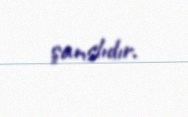
şanslıdır.